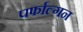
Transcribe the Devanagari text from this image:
पर्फाल्गन